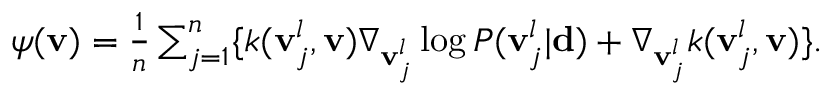
\begin{array} { r } { \boldsymbol { \psi } ( { \bf v } ) = \frac { 1 } { n } \sum _ { j = 1 } ^ { n } \lbrace k ( { \bf v } _ { j } ^ { l } , { \bf v } ) \nabla _ { { \bf v } _ { j } ^ { l } } \log P ( { \bf v } _ { j } ^ { l } | \mathbf { d } ) + \nabla _ { { \bf v } _ { j } ^ { l } } k ( { \bf v } _ { j } ^ { l } , { \bf v } ) \rbrace . } \end{array}